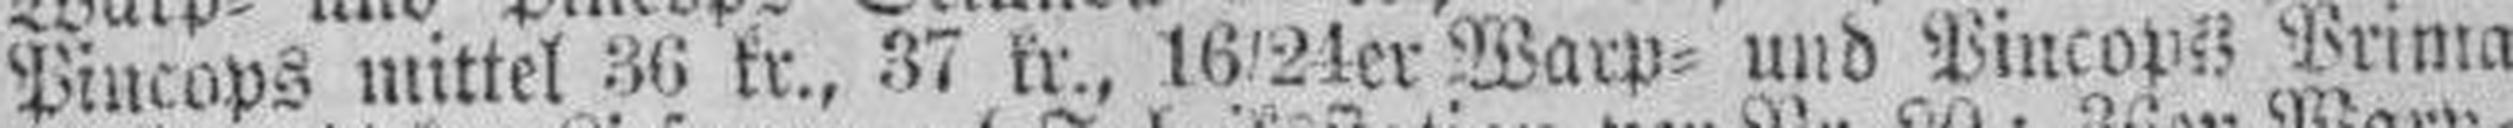
Pincops mittel 36 kr., 37 kr., 16/24er Warp= und Pincops Prima